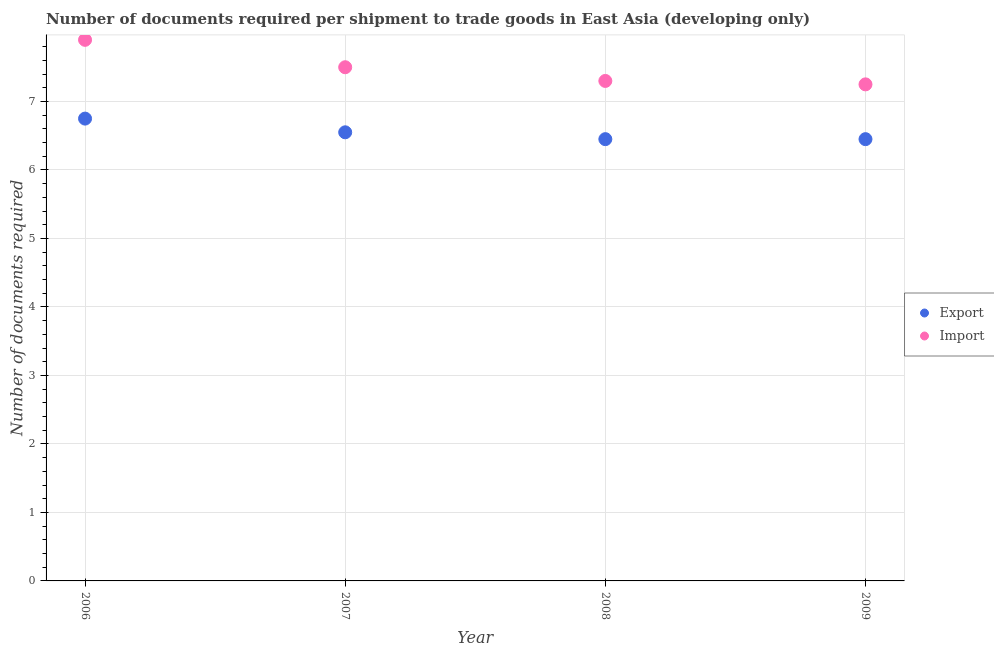
| Year | Export | Import |
 | --- | --- | --- |
 | 2006 | 6.75 | 7.9 |
 | 2007 | 6.55 | 7.5 |
 | 2008 | 6.45 | 7.3 |
 | 2009 | 6.45 | 7.25 |